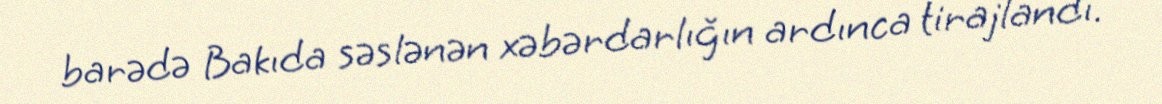
barədə Bakıda səslənən xəbərdarlığın ardınca tirajlandı.